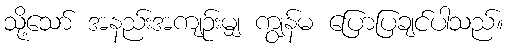
သို့သော် အနည်းအကျဉ်းမျှ ကျွန်မ ပြောပြချင်ပါသည်။